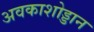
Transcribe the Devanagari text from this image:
अवकाशोड्डान